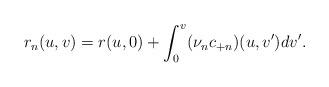
LaTeX: \begin{align*} r_n(u,v)=r(u,0)+\int_0^v(\nu_n c_{+n})(u,v')dv'.\end{align*}